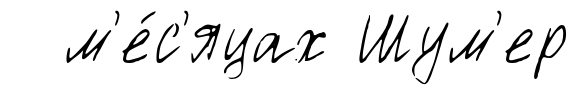
м'е́с'яцах Шум'ер